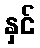
နှင်